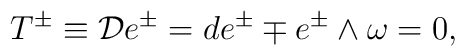
T^{\pm} \equiv {\cal D} e^{\pm} = d  e^{\pm} \mp  e^{\pm} \wedge  \omega = 0 ,